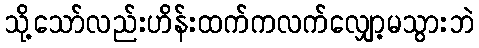
သို့သော်လည်းဟိန်းထက်ကလက်လျှော့မသွားဘဲ